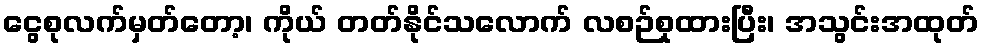
ငွေစုလက်မှတ်တော့၊ ကိုယ် တတ်နိုင်သလောက် လစဉ်စုထားပြီး၊ အသွင်းအထုတ်